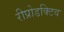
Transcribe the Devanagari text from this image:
रीप्रोडक्टिव